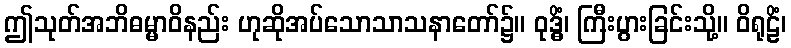
ဤသုတ်အဘိဓမ္မာဝိနည်း ဟုဆိုအပ်သောသာသနာတော်၌။ ဝုဒ္ဓိံ၊ ကြီးပွားခြင်းသို့။ ဝိရုဠိံ၊